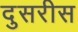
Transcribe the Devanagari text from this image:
दुसरीस